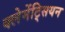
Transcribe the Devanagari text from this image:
क्लेमेंट्सियन